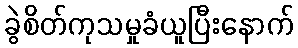
ခွဲစိတ်ကုသမှုခံယူပြီးနောက်